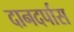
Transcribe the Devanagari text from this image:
दानदर्पास